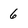
Character: 6